Indian journal of veterinary science and animal husbandry - Volume 9,
Year: 1939
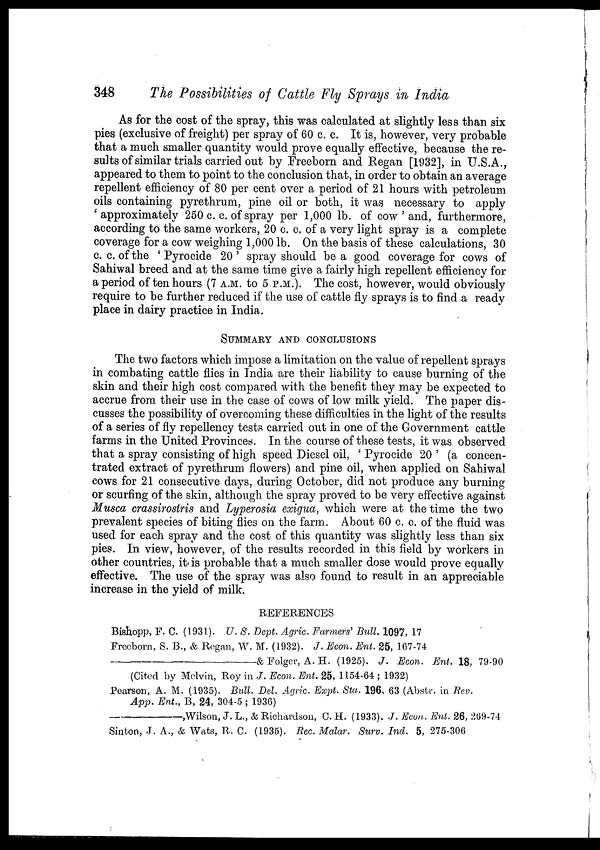
348
The Possibilities of Cattle Fly Sprays in India
As for the cost of the spray, this was calculated at slightly less than six
pies (exclusive of freight) per spray of 60 c. c. It is, however, very probable
that a much smaller quantity would prove equally effective, because the re-
sults of similar trials carried out by Freeborn and Regan [1932], in U.S.A.,
appeared to them to point to the conclusion that, in order to obtain an average
repellent efficiency of 80 per cent over a period of 21 hours with petroleum
oils containing pyrethrum, pine oil or both, it was necessary to apply
'approximately 250 c. c. of spray per 1,000 lb. of cow ' and, furthermore,
according to the same workers, 20 c. c. of a very light spray is a complete
coverage for a cow weighing 1,000 lb. On the basis of these calculations, 30
c. c. of the ' Pyrocide 20 ' spray should be a good coverage for cows of
Sahiwal breed and at the same time give a fairly high repellent efficiency for
a period of ten hours (7 A.M. to 5 P.M.). The cost, however, would obviously
require to be further reduced if the use of cattle fly sprays is to find a ready
place in dairy practice in India.
SUMMARY AND CONCLUSIONS
The two factors which impose a limitation on the value of repellent sprays
in combating cattle flies in India are their liability to cause burning of the
skin and their high cost compared with the benefit they may be expected to
accrue from their use in the case of cows of low milk yield. The paper dis-
cusses the possibility of overcoming these difficulties in the light of the results
of a series of fly repellency tests carried out in one of the Government cattle
farms in the United Provinces. In the course of these tests, it was observed
that a spray consisting of high speed Diesel oil, ' Pyrocide 20 ' (a concen-
trated extract of pyrethrum flowers) and pine oil, when applied on Sahiwal
cows for 21 consecutive days, during October, did not produce any burning
or scurfing of the skin, although the spray proved to be very effective against
Musca crassirostris and Lyperosia exigua, which were at the time the two
prevalent species of biting flies on the farm. About 60 c. c. of the fluid was
used for each spray and the cost of this quantity was slightly less than six
pies. In view, however, of the results recorded in this field by workers in
other countries, it is probable that a much smaller dose would prove equally
effective. The use of the spray was also found to result in an appreciable
increase in the yield of milk.
REFERENCES
Bishopp, F. C. (1931). U. S. Dept. Agric. Farmers' Bull. 1097, 17
Freeborn, S. B., & Regan, W. M. (1932). J. Econ. Ent. 25, 167-74
––––––––––––––––––––&
Folger, A. H. (1925). J. Econ. Ent. 18, 79-90
(Cited by Melvin, Roy in J. Econ. Ent. 25, 1154-64 ; 1932)
Pearson, A. M. (1935). Bull. Del. Agric. Expt. Sta. 196, 63 (Abstr. in Rev.
App. Ent., B, 24, 304-5 ; 1936)
––––––––,Wilson,
J. L., & Richardson, C. H. (1933). J. Econ. Ent. 26, 269-74
Sinton, J. A., & Wats, R. C. (1935). Rec. Malar. Surv. Ind. 5,275-306